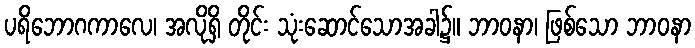
ပရိဘောဂကာလေ၊ အလိုရှိ တိုင်း သုံးဆောင်သောအခါ၌။ ဘာဝနာ၊ ဖြစ်သော ဘာဝနာ